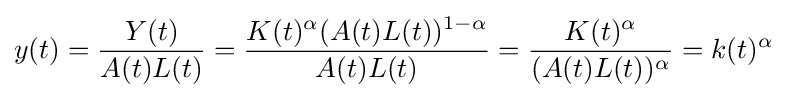
y(t)={\frac {Y(t)}{A(t)L(t)}}={\frac {K(t)^{\alpha }(A(t)L(t))^{1-\alpha }}{A(t)L(t)}}={\frac {K(t)^{\alpha }}{(A(t)L(t))^{\alpha }}}=k(t)^{\alpha }